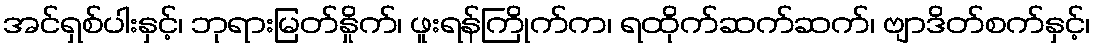
အင်ရှစ်ပါးနှင့်၊ ဘုရားမြတ်နှိုက်၊ ဖူးရန်ကြိုက်က၊ ရထိုက်ဆက်ဆက်၊ ဗျာဒိတ်စက်နှင့်၊